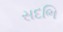
સદભિ